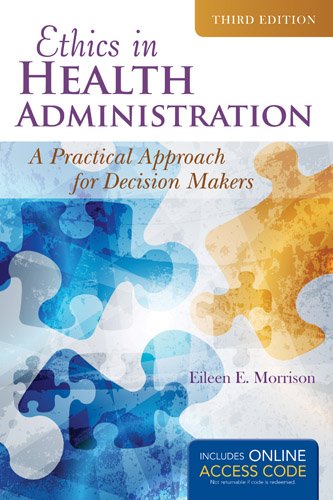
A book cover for Ethics In Health Administration: A Practical Approach for Decision Makers; Eileen E. Morrison; Medical Books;